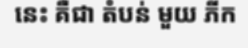
នេះ គឺជា តំបន់ មួយ ភីក